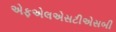
એફએલએસટીએસબી